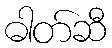
ဓါတ်ဆီ